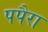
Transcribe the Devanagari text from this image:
पपैरा